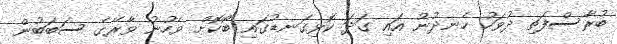
ބުރާސްފަތި ދުވަހު ހެނދުނު އައި ގަދަ ކޮޅިގަނޑުގައި ބޯކޮށް ވެހުނު ވާރޭގެ ސަބަބުން